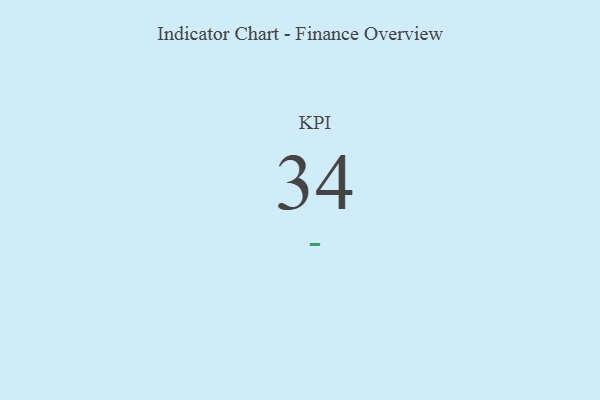
{"axis": {"x": "KPI", "y": "Value"}, "legend": [""], "data": [{"x": "KPI", "y": 34, "type": ""}]}